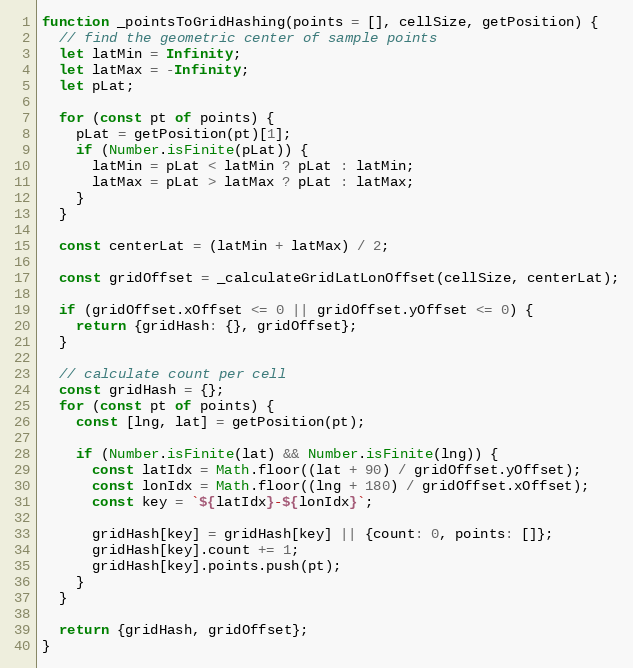
Language: JavaScript
function _pointsToGridHashing(points = [], cellSize, getPosition) {
  // find the geometric center of sample points
  let latMin = Infinity;
  let latMax = -Infinity;
  let pLat;

  for (const pt of points) {
    pLat = getPosition(pt)[1];
    if (Number.isFinite(pLat)) {
      latMin = pLat < latMin ? pLat : latMin;
      latMax = pLat > latMax ? pLat : latMax;
    }
  }

  const centerLat = (latMin + latMax) / 2;

  const gridOffset = _calculateGridLatLonOffset(cellSize, centerLat);

  if (gridOffset.xOffset <= 0 || gridOffset.yOffset <= 0) {
    return {gridHash: {}, gridOffset};
  }

  // calculate count per cell
  const gridHash = {};
  for (const pt of points) {
    const [lng, lat] = getPosition(pt);

    if (Number.isFinite(lat) && Number.isFinite(lng)) {
      const latIdx = Math.floor((lat + 90) / gridOffset.yOffset);
      const lonIdx = Math.floor((lng + 180) / gridOffset.xOffset);
      const key = `${latIdx}-${lonIdx}`;

      gridHash[key] = gridHash[key] || {count: 0, points: []};
      gridHash[key].count += 1;
      gridHash[key].points.push(pt);
    }
  }

  return {gridHash, gridOffset};
}